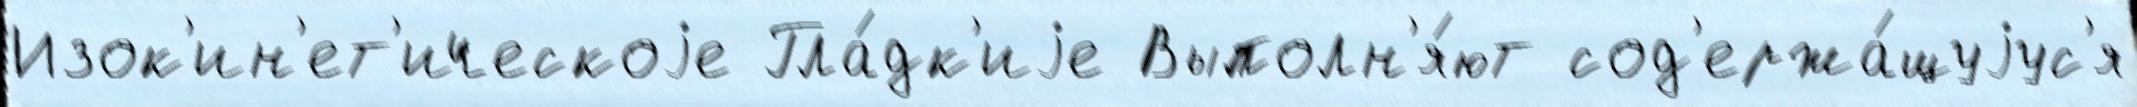
Изок'ин'ет'ическоjе Гла́дк'иjе Выполн'я́ют сод'ержа́щуjус'я